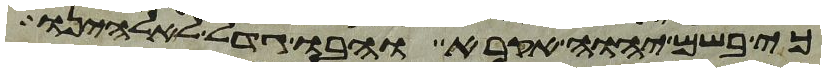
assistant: כי בשם יהוה אקרא והבו גדל לאלהינו